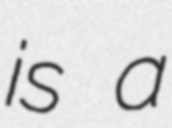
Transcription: is a